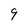
Character: 9